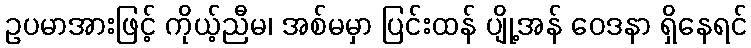
ဥပမာအားဖြင့် ကိုယ့်ညီမ၊ အစ်မမှာ ပြင်းထန် ပျို့အန် ဝေဒနာ ရှိနေရင်